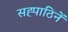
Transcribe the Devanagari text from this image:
सह्पाठिनें